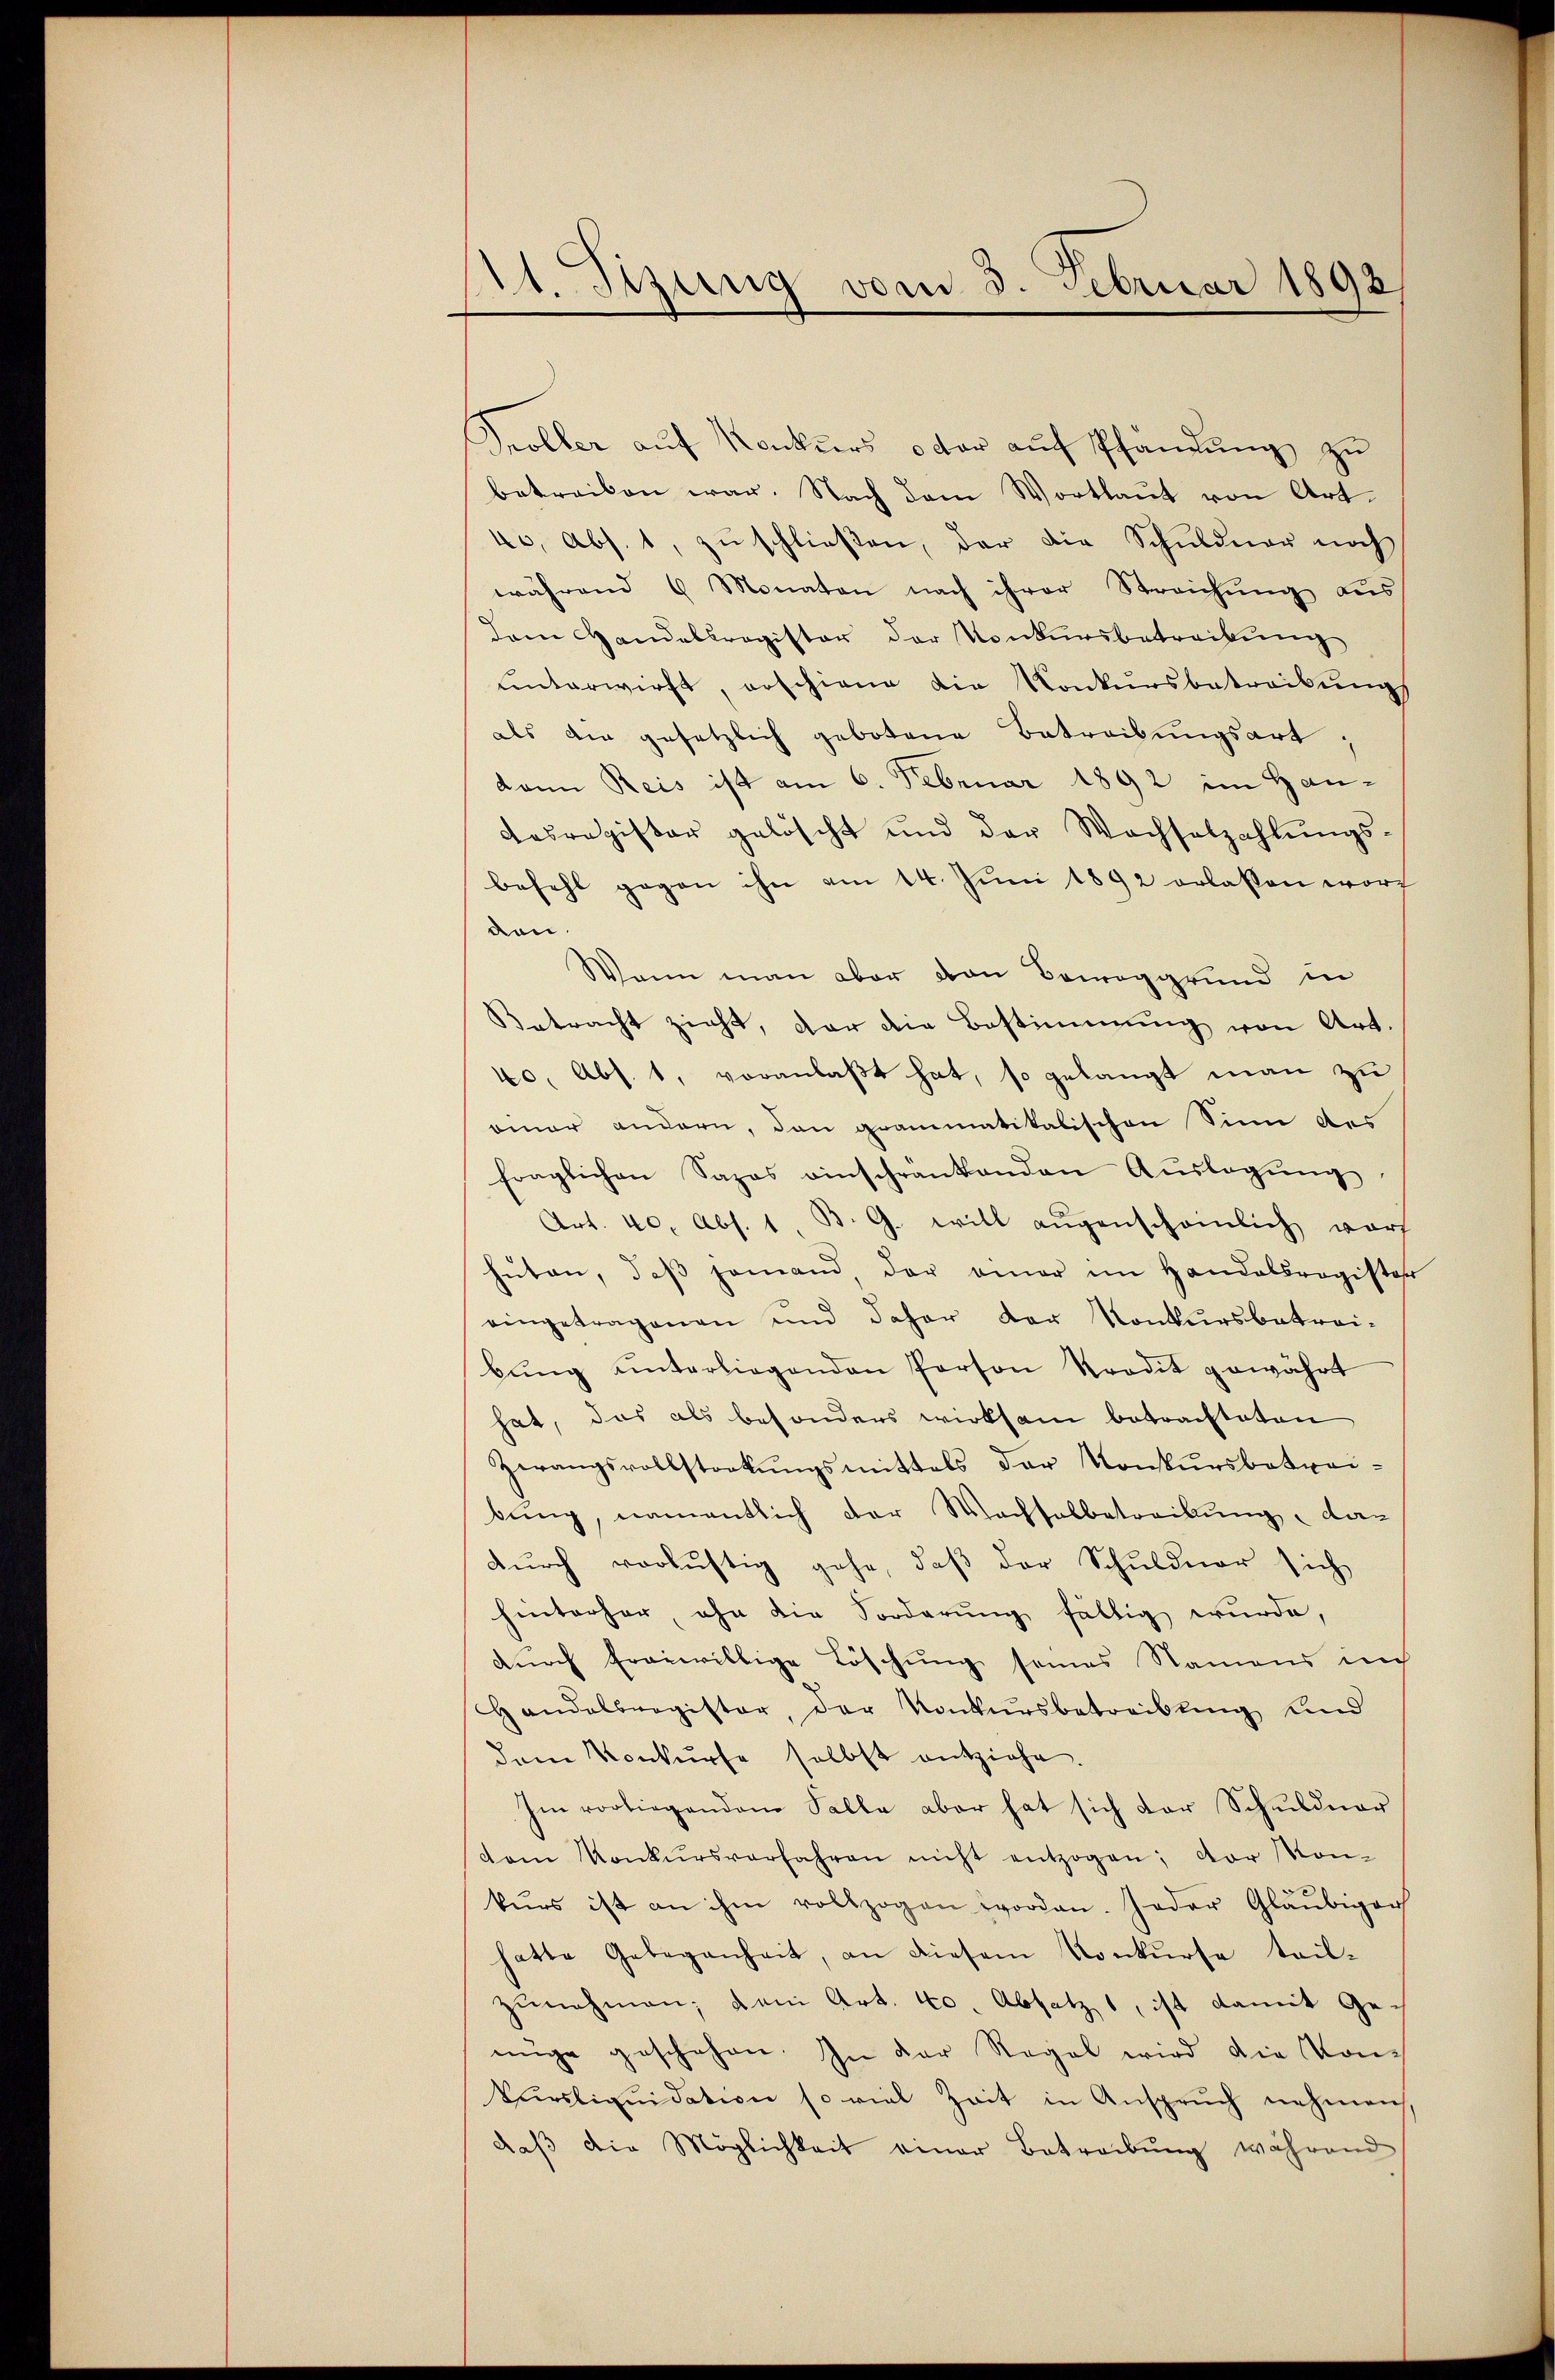
11. Stzung vom 3. Februar 1892/

Troller aŭf Konkurs oder aŭf Pfändŭng zŭ
betreiben war. Nach dem Wortlaŭt von Art.
40, Abs. 1, zŭschließen, der die Schuldner noch
während 6 Monaten nach ihrer Streichung aus
Dem Handelsregister der Konkursbetreibung
unterwirft erschiene die Konkursbetreibungs
als die gesetzlich gebotene Betreibungsart
dann Reis ist am 6. Februar 1892 im Han¬
Casregister gelöscht und der Wachselzahlŭngs-
befehl gegen ihn am 14. Juni 1892 erlassen worden.
Wann man aber von Beweggrund in
Betracht zieht, der die Bestimmung von Art.
40, Abs. 1, voranlaßt hat, so gelangt man zu
einer andern, den grammatikalischen Sinn des
fraglichen Sapas einschränkenden Aŭslagŭng
Art. 40, Abs. 1 B. G. will augenscheinlich vor
hüten, daβ jemand der einer im Handelsregister
eingetragenen und daher der Konkursbetrei-
bŭng ŭnterliegenden Person Stradit gewährt
hat, das als besonders wirksam betrachteten
Zwangsvollsteckŭngsmittels der Konkursbetreibung, namentlich der Wachsalbetreibung, das
durch verlustig gehe, daß der Schuldner sich
hinterhar ohn die Forderung fällig wurde,
durch freiwillige Löschung seines Namens im
Handelsregister, der Konkursbetreibung und
dem Konkurse selbst entziehe.
Im vorliegenden Falle aber hat sich der Schuldner
tom Konkursverfahren nicht entzogen; vor Kon-
kŭrs ist an ihm vollzogen worden. Jeder Gläubiger
hatte Gelegenheit, an diesem Konkurse teil-
zunehmen; den Art. 40 Absatz, ist damit Genüge geschehen. In der Regel wird die Kon-
Cursliquidation so viel Zeit in Anspruch nehmen,
daβ die Möglichkeit einer Betreibŭng während